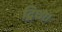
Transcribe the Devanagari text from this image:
द्विधा।